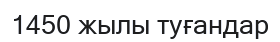
1450 жылы туғандар